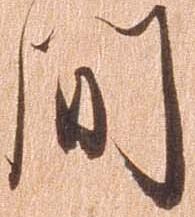
間